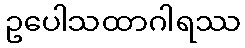
ဥပေါသထာဂါရဿ